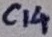
Text: C14